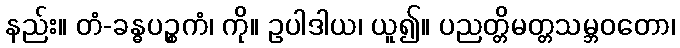
နည်း။ တံ-ခန္ဓပဉ္စကံ၊ ကို။ ဥပါဒါယ၊ ယူ၍။ ပညတ္တိမတ္တသမ္ဘဝတော၊